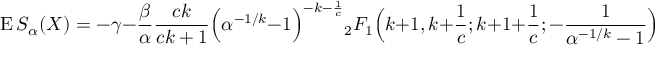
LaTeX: \operatorname { E } S _ { \alpha } ( X ) = - \gamma - { \frac { \beta } { \alpha } } { \frac { c k } { c k + 1 } } { \Big ( } \alpha ^ { - 1 / k } - 1 { \Big ) } ^ { - k - { \frac { 1 } { c } } } { _ { 2 } F _ { 1 } } { \Big ( } k + 1 , k + { \frac { 1 } { c } } ; k + 1 + { \frac { 1 } { c } } ; - { \frac { 1 } { \alpha ^ { - 1 / k } - 1 } } { \Big ) }